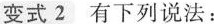
变式2 有下列说法：